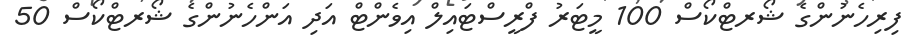
ފިރިހެނުންގެ ޝޯރޓްކޯސް 100 މީޓަރު ފްރީސްޓައިލް އިވެންޓް އަދި އަންހެނުންގެ ޝޯރޓްކޯސް 50